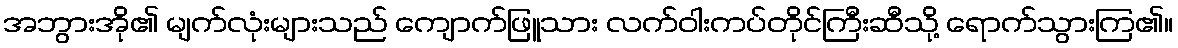
အဘွားအို၏ မျက်လုံးများသည် ကျောက်ဖြူသား လက်ဝါးကပ်တိုင်ကြီးဆီသို့ ရောက်သွားကြ၏။